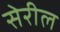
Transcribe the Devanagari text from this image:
सेरील